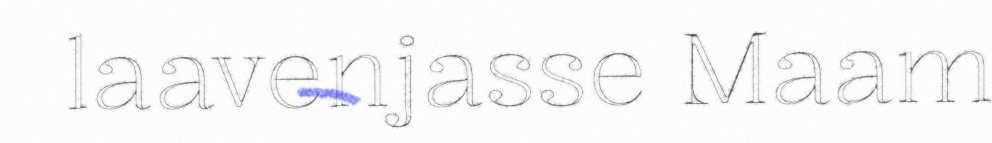
laavenjasse Maam